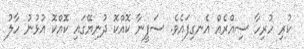
ކުރި ހުރިހާ ސިއްރެއް އެނގިފައެވެ. ސަފީނާ ކޮއްކޮ ދުނިޔޭގައި ކޮއްކޮ އުޅުނު ހާލު